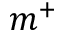
m ^ { + }